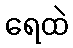
ရေထဲ